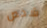
شخص